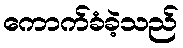
ကောက်ခံခဲ့သည်